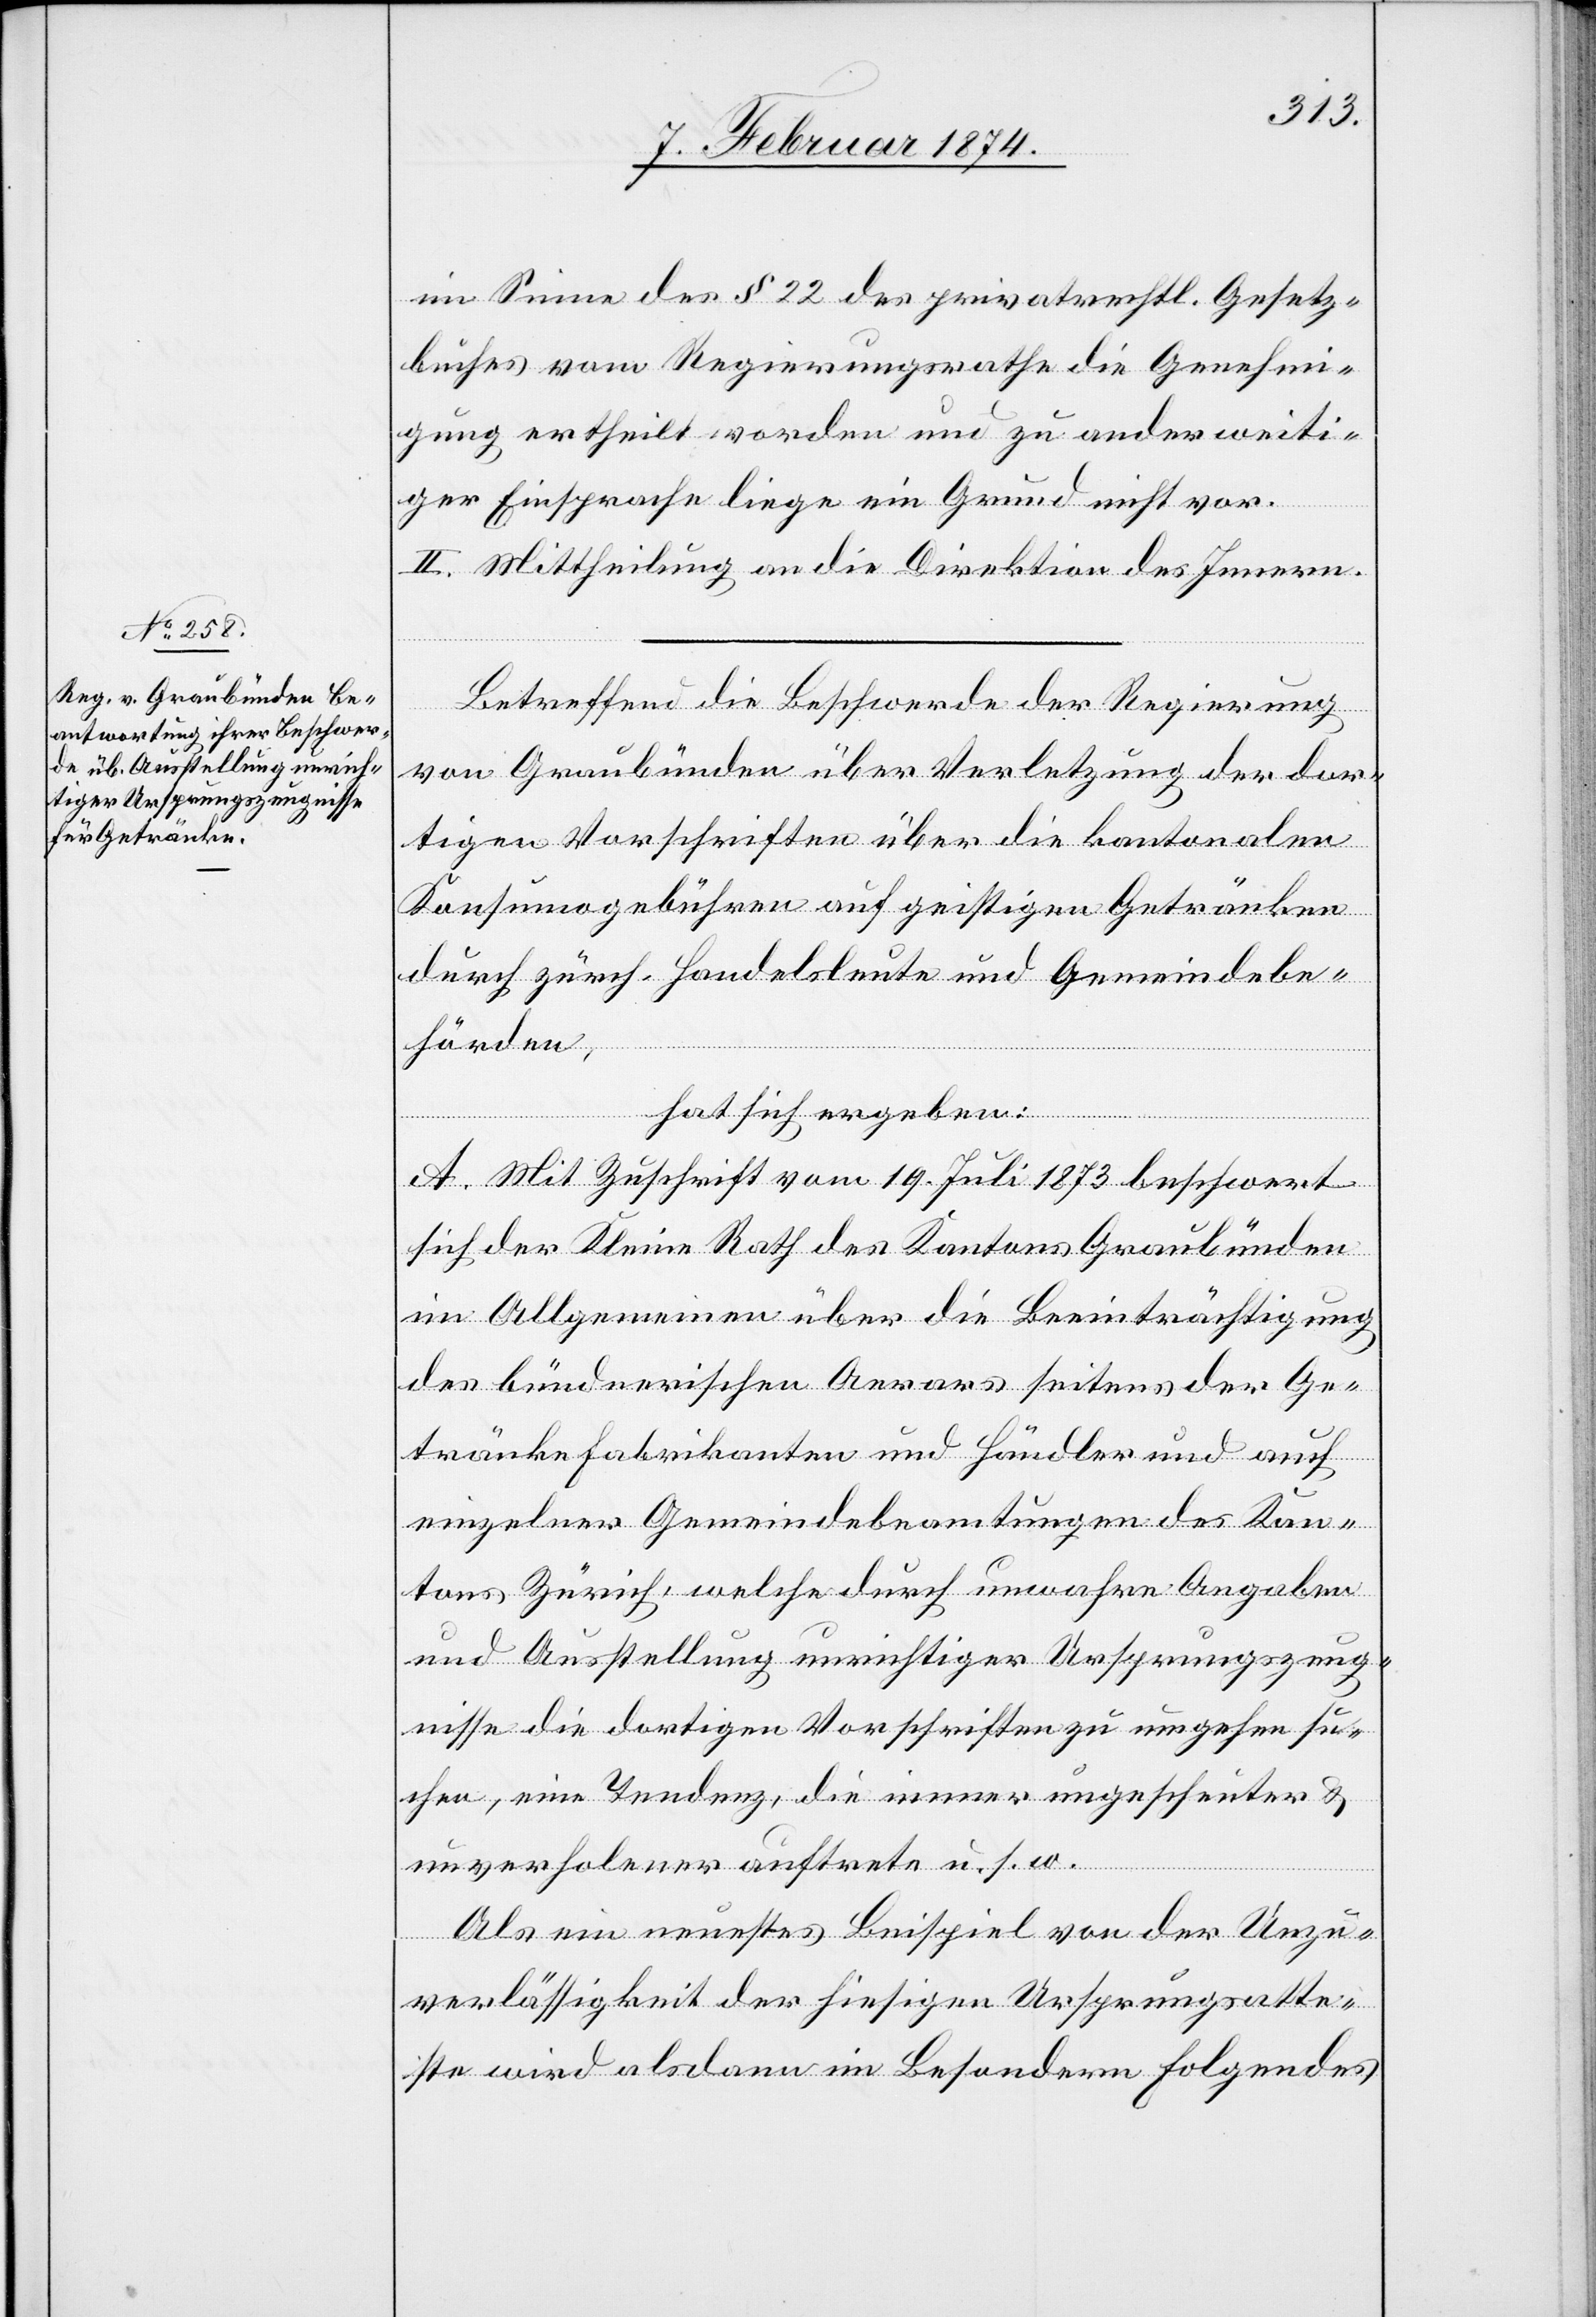
im Sinne des § 22 des privatrechtl. Gesetz¬
buches vom Regierungsrathe die Genehmi¬
gung ertheilt worden und zu anderweiti¬
ger Einsprache liege ein Grund nicht vor.
II. Mittheilung an die Direktion des Innern.
Betreffend die Beschwerde der Regierung
von Graubünden über Verletzung der dor¬
tigen Vorschriften über die kantonale
Konsumogebühren auf geistigen Getränken
durch zürch. Handelsleute und Gemeindebe¬
hörden,
hat sich ergeben:
A. Mit Zuschrift vom 19. Juli 1873 beschwert
sich der Kleine Rath des Kantons Graubünden
im Allgemeinen über die Beeinträchtigung
des bündnerischen Aerars seitens der Ge¬
tränkefabrikanten und Händler und auch
einzelner Gemeindebeamtungen des Kan¬
tons Zürich, welche durch unwahre Angaben
und Ausstellung unrichtiger Ursprungszeug¬
nisse die dortigen Vorschriften zu umgehen su¬
chen, eine Tendenz, die immer ungescheuter u.
unverholener auftrete u. s. w.
Als ein neuestes Beispiel von der Unzu¬
verlässigkeit der hiesigen Ursprungsatte¬
ste wird alsdann im Besondern Folgendes